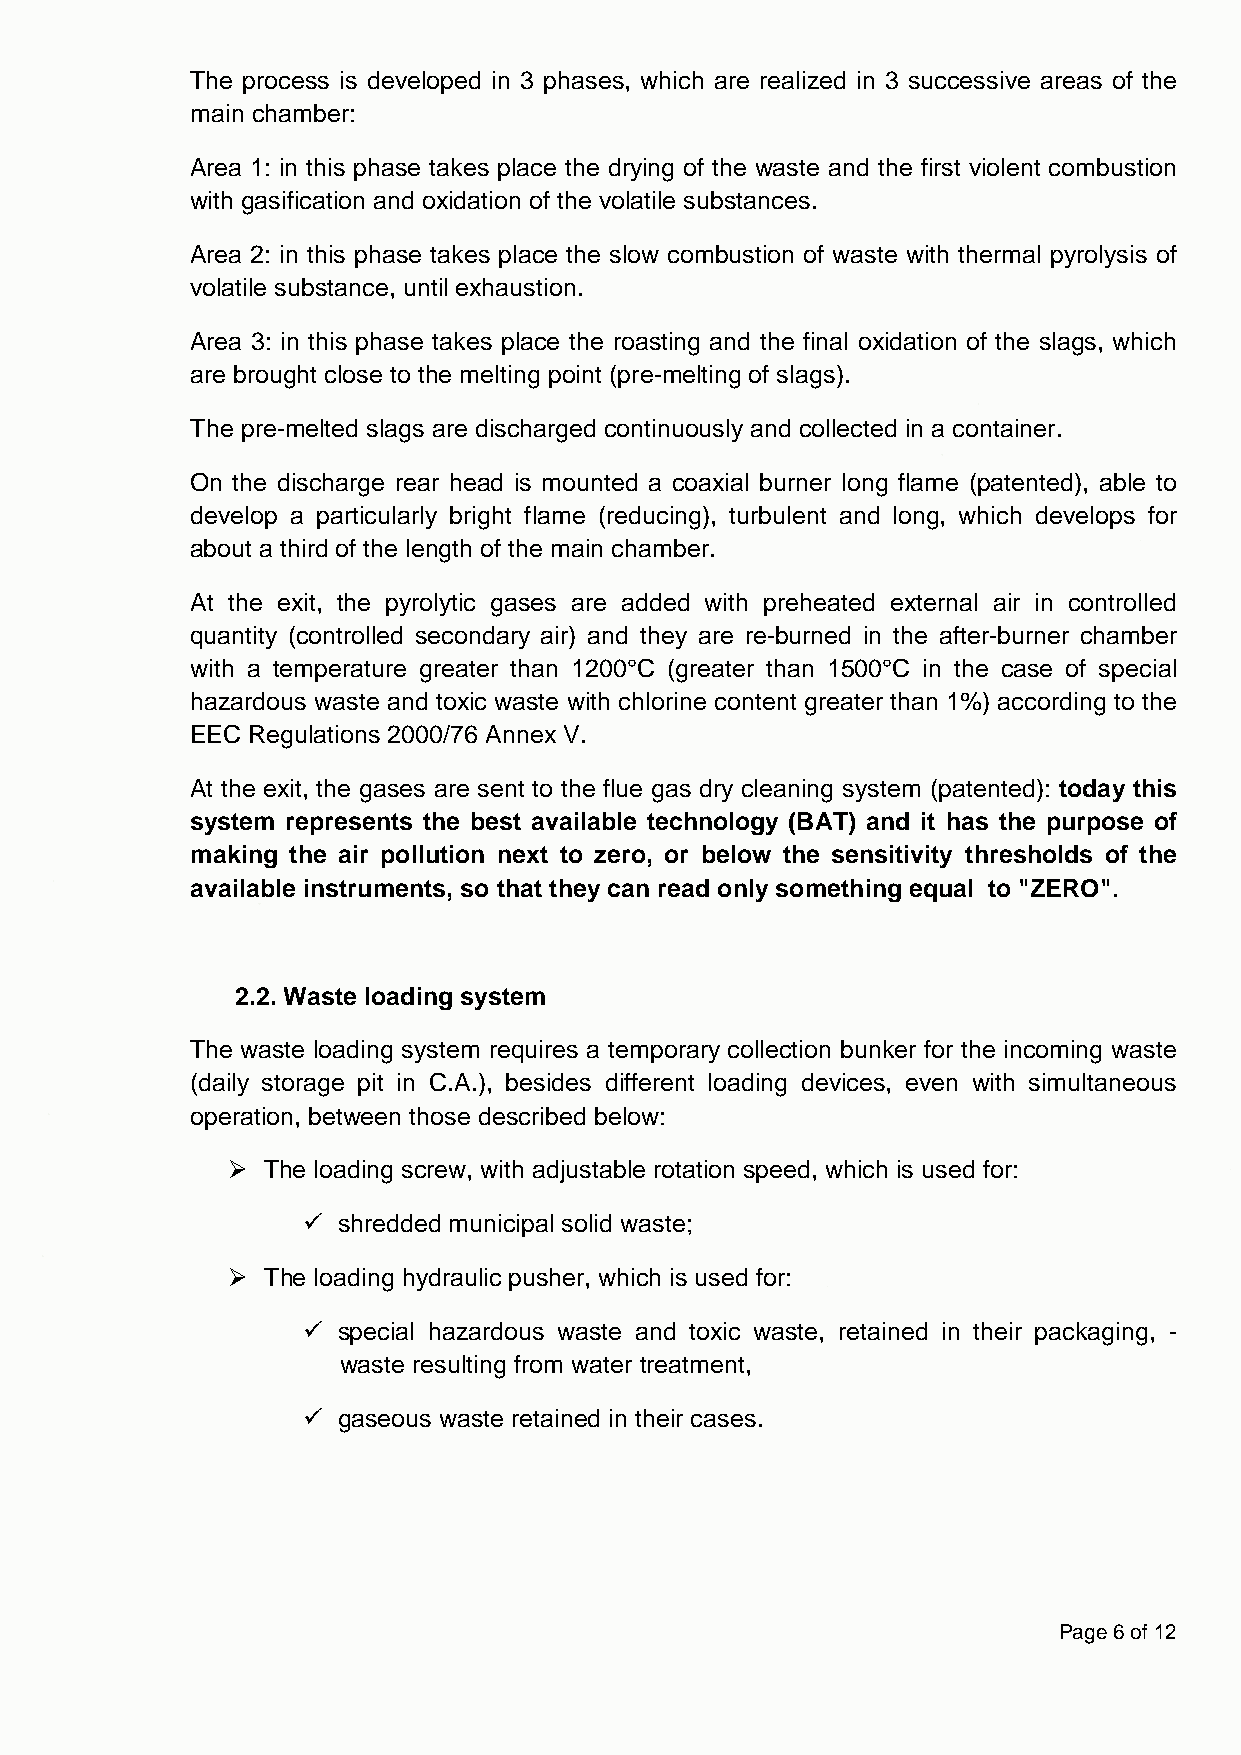
The process is developed in 3 phases, which are realized in 3 successive areas of the
 main chamber:
 Area 1: in this phase takes place the drying of the waste and the first violent combustion
 with gasification and oxidation of the volatile substances.
 Area 2: in this phase takes place the slow combustion of waste with thermal pyrolysis of
 volatile substance, until exhaustion.
 Area 3: in this phase takes place the roasting and the final oxidation of the slags, which
 are brought close to the melting point (pre-melting of slags).
 The pre-melted slags are discharged continuously and collected in a container.
 On the discharge rear head is mounted a coaxial burner long flame (patented), able to
 develop a particularly bright flame (reducing), turbulent and long, which develops for
 about a third of the length of the main chamber.
 At the exit, the pyrolytic gases are added with preheated external air in controlled
 quantity (controlled secondary air) and they are re-burned in the after-burner chamber
 with a temperature greater than 1200°C (greater than 1500°C in the case of special
 hazardous waste and toxic waste with chlorine content greater than 1%) according to the
 EEC Regulations 2000/76 Annex V.
 At the exit, the gases are sent to the flue gas dry cleaning system (patented): today this
 system represents the best available technology (BAT) and it has the purpose of
 making the air pollution next to zero, or below the sensitivity thresholds of the
 available instruments, so that they can read only something equal to "ZERO".
 2.2. Waste loading system
 The waste loading system requires a temporary collection bunker for the incoming waste
 (daily storage pit in C.A.), besides different loading devices, even with simultaneous
 operation, between those described below:
  The loading screw, with adjustable rotation speed, which is used for:
  shredded municipal solid waste;
  The loading hydraulic pusher, which is used for:
  special hazardous waste and toxic waste, retained in their packaging, -
 waste resulting from water treatment,
  gaseous waste retained in their cases.
 Page 6 of 12